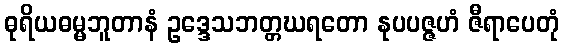
ဓုရိယဓမ္မဘူတာနံ ဥဒ္ဒေသဘတ္တဃရတော နုပပဇ္ဇဟံ ဇီရာပေတုံ